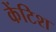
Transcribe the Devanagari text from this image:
केंटिश